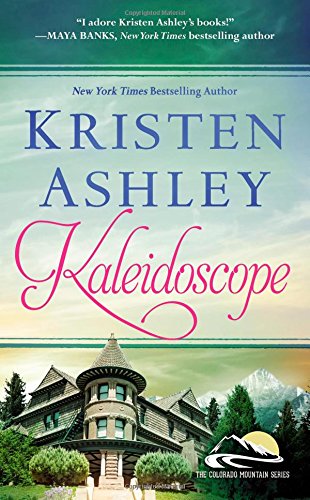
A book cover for Kaleidoscope (Colorado Mountain); Kristen Ashley; Romance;